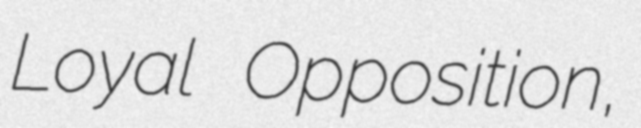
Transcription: Loyal Opposition,